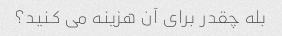
بله چقدر برای آن هزینه می کنید؟